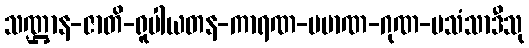
သဏ္ဌာန-ဇာတိ-ရူပါယတန-ကာရဏ-ပမာဏ-ဂုဏ-ပသံသာဒီသု